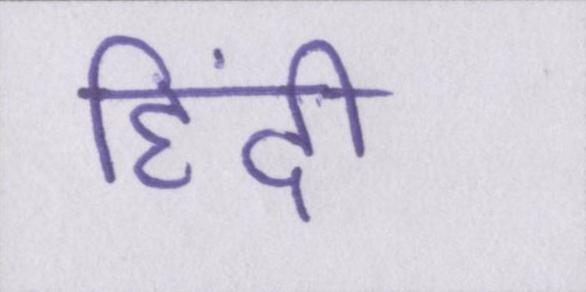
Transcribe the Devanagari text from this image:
हिंदी